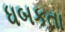
ધબકતા